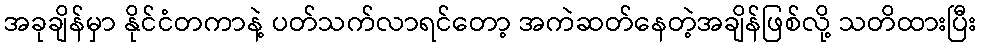
အခုချိန်မှာ နိုင်ငံတကာနဲ့ ပတ်သက်လာရင်တော့ အကဲဆတ်နေတဲ့အချိန်ဖြစ်လို့ သတိထားပြီး